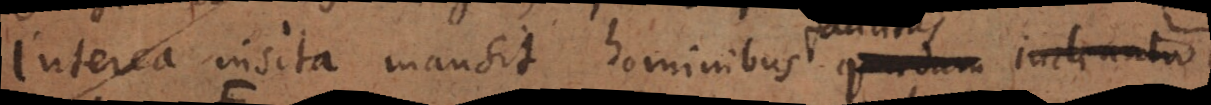
Interea insita mansit hominibus quaedam inclinatio